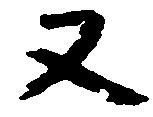
又